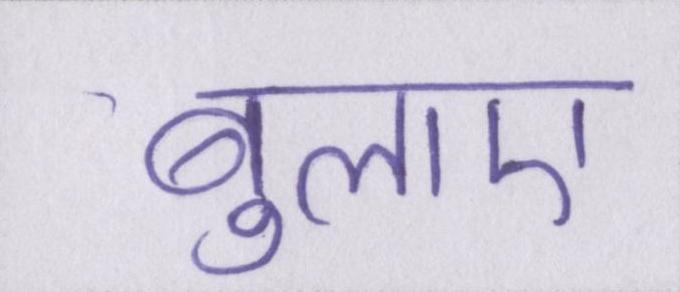
बुलाए